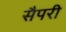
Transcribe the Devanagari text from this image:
सैपरी